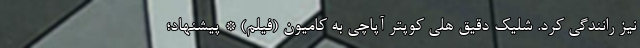
نیز رانندگی کرد. شلیک دقیق هلی کوپتر آپاچی به کامیون (فیلم) * پیشنهاد؛